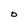
Character: O